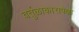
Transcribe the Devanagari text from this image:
वर्तुळाकारापेक्षा